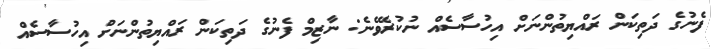
ފެނުގެ ދަތިކަން ރައްޔިތުންނަށް އިހުސާސެއް ނުކުރެވޭނެ: ނާޒިމް ފެނުގެ ދަތިކަން ރައްޔިތުންނަށް އިހުސާސެއް